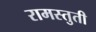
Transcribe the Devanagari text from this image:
रामस्तुती